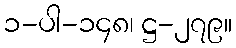
၁-ပါ-၁၄၈၊ ဋ္ဌ-၂၇၉။